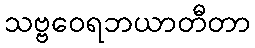
သဗ္ဗဝေရဘယာတီတာ